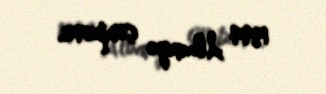
1994 Albaniya çempionu.